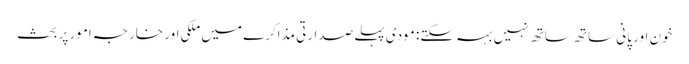
خون اور پانی ساتھ ساتھ نہیں بہہ سکتے: مودی	 پہلے صدارتی مذاکرے میں ملکی اور خارجہ امور پر بحث